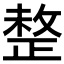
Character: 𢿄